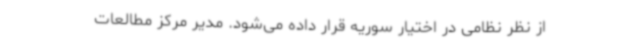
از نظر نظامی در اختیار سوریه قرار داده می‌شود. مدیر مرکز مطالعات